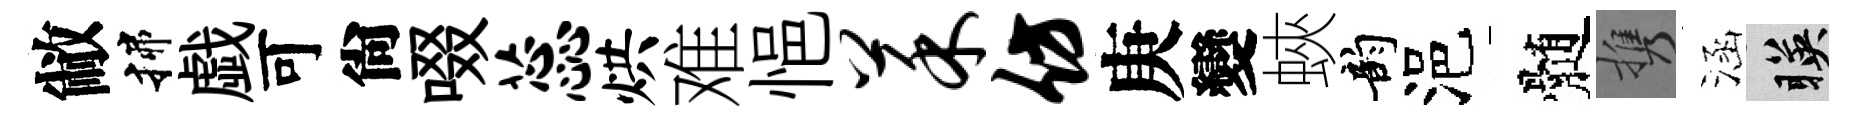
敝揲戯可尙啜蕊烘难悒菜仿庚變蛺韵浥髄携涵暎